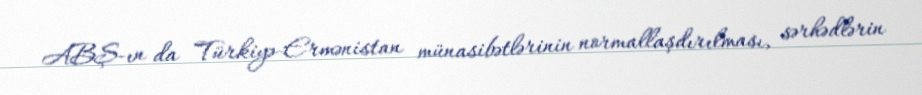
ABŞ-ın da Türkiyə-Ermənistan münasibətlərinin normallaşdırılması, sərhədlərin